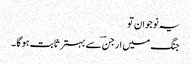
یہ نوجوان تو
جنگ میں ارجنؔ سے بہتر ثابت ہو گا ۔